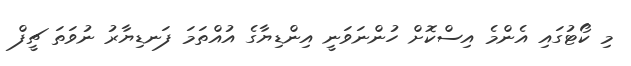
މި ކޯޓުގައި އެންމެ އިސްކޮށް ހުންނަވަނީ އިންޑިޔާގެ އުއްތަމަ ފަނޑިޔާރު ނުވަތަ ޗީފް